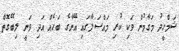
ޝަމްހީދު މަގާމުން ވަކި ކުރި މައްސަލާގައި އޭނާގެ ބަހެއް އަދި ވަނީ ލިބޭގޮތް